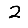
Digit: 2